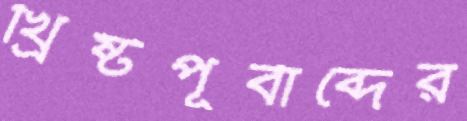
খ্রিষ্টপূর্বাব্দের